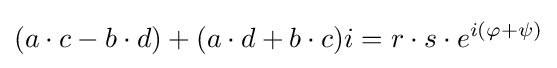
(a\cdot c-b\cdot d)+(a\cdot d+b\cdot c)i=r\cdot s\cdot e^{i(\varphi +\psi )}